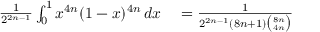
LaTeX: \begin{array} { r l } { { \frac { 1 } { 2 ^ { 2 n - 1 } } } \int _ { 0 } ^ { 1 } x ^ { 4 n } ( 1 - x ) ^ { 4 n } \, d x } & { { } = { \frac { 1 } { 2 ^ { 2 n - 1 } ( 8 n + 1 ) { \binom { 8 n } { 4 n } } } } } \end{array}